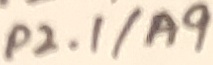
Text: P2.1/A9